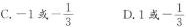
C.-1或 $$- \frac{1}{3}$$ D.1或 $$- \frac{1}{3}$$